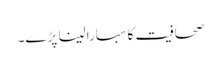
صحافیت کا سہارا لینا پڑے۔